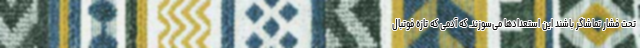
تحت فشار تماشاگر باشند این استعدادها می‌سوزند. که آدمی که تازه فوتبال